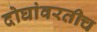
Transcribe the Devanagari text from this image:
दोघांवरतीच